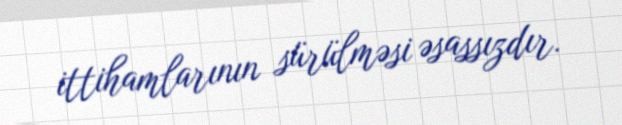
ittihamlarının sürülməsi əsassızdır.